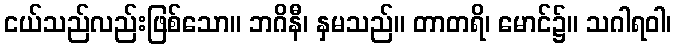
ငယ်သည်လည်းဖြစ်သော။ ဘဂိနီ၊ နှမသည်။ တာတရိ၊ မောင်၌။ သဂါရဝါ၊